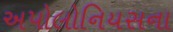
અપોલોનિયસના